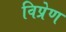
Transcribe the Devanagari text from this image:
विप्रेण